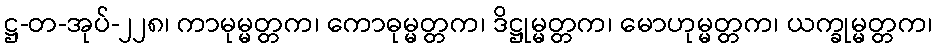
ဋ္ဌ-တ-အုပ်-၂၂၈၊ ကာမုမ္မတ္တက၊ ကောဓုမ္မတ္တက၊ ဒိဋ္ဌုမ္မတ္တက၊ မောဟုမ္မတ္တက၊ ယက္ခုမ္မတ္တက၊